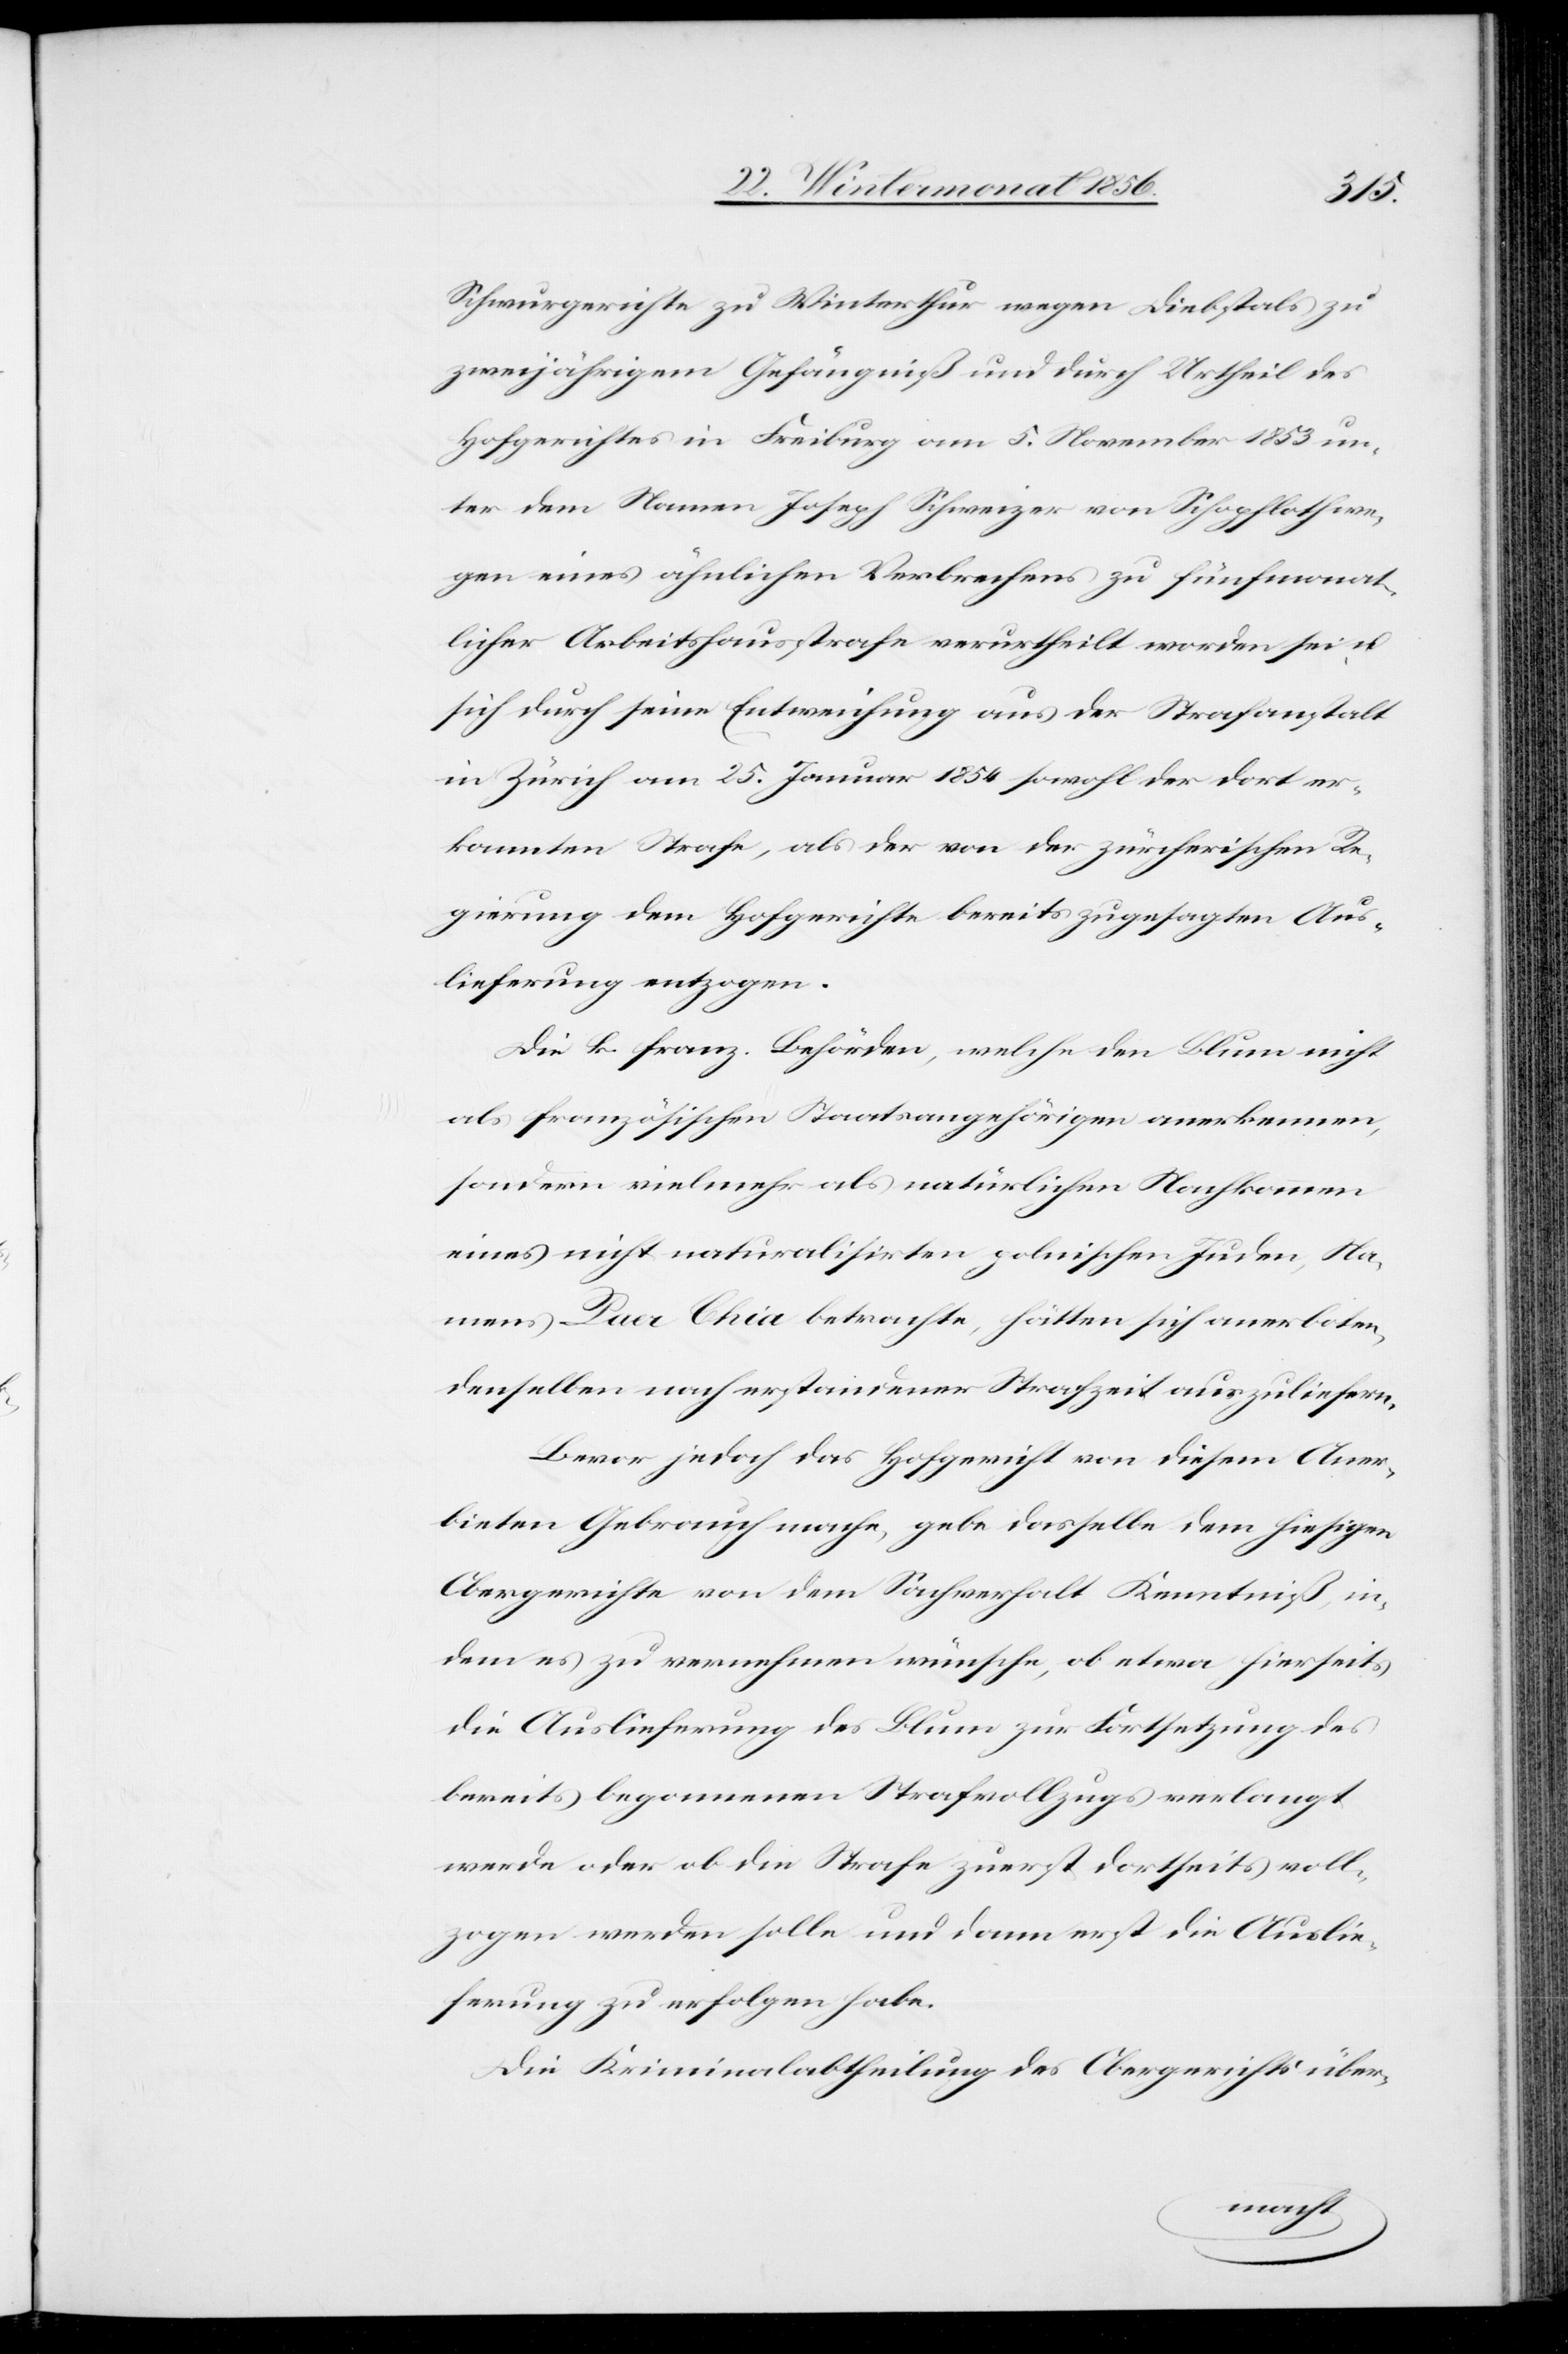
mens
Schwurgerichte zu Winterthur wegen Diebstals zu
zweijährigem Gefängniß und durch Urtheil des
Hofgerichtes in Freiburg am 5. November 1853 un¬
ter dem Namen Joseph Schweizer von Schopfloth we¬
gen eines ähnlichen Verbrechens zu fünfmonat¬
licher Arbeitshausstrafe verurtheilt worden sei, u.
sich durch seine Entweichung aus der Strafanstalt
in Zürich am 25. Januar 1854 sowohl der dort er¬
kannten Strafe, als der von der zürcherischen Re¬
gierung dem Hofgerichte bereits zugesagten Aus¬
lieferung entzogen.
Die k. franz. Behörden, welche den Blum nicht
als französischen Staatsangehörigen anerkennen,
sondern vielmehr als natürlichen Nachkommen
eines nicht naturalisirten polnischen Juden, Na¬
denselben nach erstandener Strafzeit auszuliefern.
Bevor jedoch das Hofgericht von diesem Aner¬
bieten Gebrauch mache, gebe dasselbe dem hiesigen
Obergerichte von dem Sachverhalt Kenntniß, in¬
dem es zu vernehmen wünsche, ob etwa hierseits
die Auslieferung des Blum zur Fortsetzung des
bereits begonnenen Strafvollzugs verlangt
werde oder ob die Strafe zuerst dortseits voll¬
zogen werden solle und dann erst die Auslie¬
ferung zu erfolgen habe.
Die Kriminalabtheilung des Obergerichtes über-